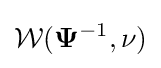
{\mathcal {W}}(\mathbf {\Psi } ^{-1},\nu )